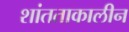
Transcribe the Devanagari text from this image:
शांतताकालीन